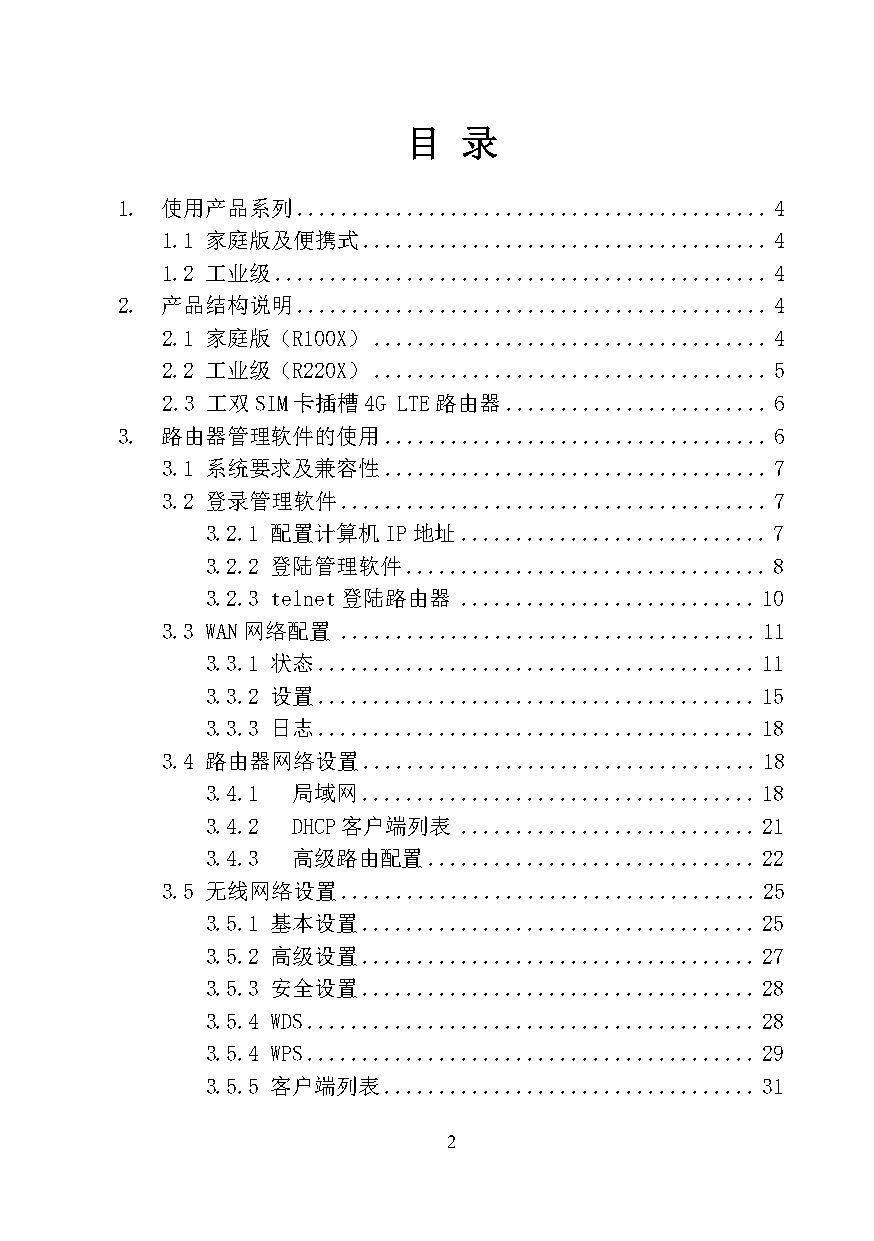
目   录
 1. 使用产品系列   ........................................... 4
 1.1 家庭版及便携式  ..................................... 4
 1.2 工业级 ............................................. 4
 2. 产品结构说明   ........................................... 4
 2.1 家庭版（R100X） .................................... 4
 2.2 工业级（R220X） .................................... 5
 2.3 工双SIM卡插槽4G LTE路由器  ........................ 6
 3. 路由器管理软件的使用    ................................... 6
 3.1 系统要求及兼容性  ................................... 7
 3.2 登录管理软件  ....................................... 7
 3.2.1 配置计算机IP地址  ............................ 7
 3.2.2 登陆管理软件 ................................. 8
 3.2.3 telnet登陆路由器 ........................... 10
 3.3 WAN网络配置 ...................................... 11
 3.3.1 状态 ........................................ 11
 3.3.2 设置 ........................................ 15
 3.3.3 日志 ........................................ 18
 3.4 路由器网络设置  .................................... 18
 3.4.1 局域网 .................................... 18
 3.4.2 DHCP客户端列表  ........................... 21
 3.4.3 高级路由配置  .............................. 22
 3.5 无线网络设置  ...................................... 25
 3.5.1 基本设置 .................................... 25
 3.5.2 高级设置 .................................... 27
 3.5.3 安全设置 .................................... 28
 3.5.4 WDS ......................................... 28
 3.5.4 WPS ......................................... 29
 3.5.5 客户端列表 .................................. 31
 2